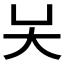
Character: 𡗖